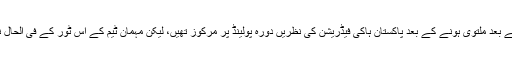
” واضح رہے کہ مارچ میں شیڈول پاکستان ہاکی سپرلیگ کے بعد ملتوی ہونے کے بعد پاکستان ہاکی فیڈریشن کی نظریں دورہ پولینڈ پر مرکوز تھیں، لیکن مہمان ٹیم کے اس ٹور کے فی الحال نہ ہونےپر قومی کھیل ایک بارپھر جمود کا شکار ہوگیا ہے۔